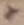
Text: +